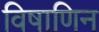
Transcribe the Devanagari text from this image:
विषाणिन